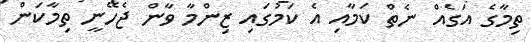
ތިމާގެ އަގެއް ނެތް ކަމާއި އެ ކަމުގައި ޒިންމާ ވާން ޖެހޭނީ ތިމާކަން